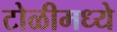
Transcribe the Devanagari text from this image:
टोळीमध्ये